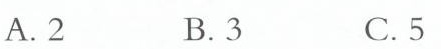
A.2 B.3 C.5